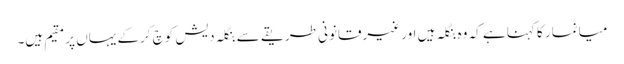
میانمار کا کہنا ہے کہ وہ بنگلہ ہیں اور غیرقانونی طریقے سے بنگلہ دیش کوچ کرکے یہاں پر مقیم ہیں۔